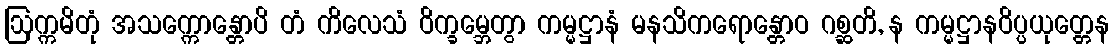
ဩက္ကမိတုံ အသက္ကောန္တောပိ တံ ကိလေသံ ဝိက္ခမ္ဘေတွာ ကမ္မဋ္ဌာနံ မနသိကရောန္တောဝ ဂစ္ဆတိ, န ကမ္မဋ္ဌာနဝိပ္ပယုတ္တေန